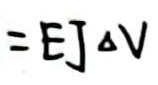
$= E J \Delta V$